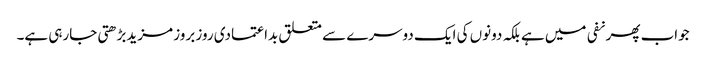
جواب پھر نفی میں ہے بلکہ دونوں کی ایک دوسرے سے متعلق بداعتمادی روز بروز مزیدبڑھتی جارہی ہے۔